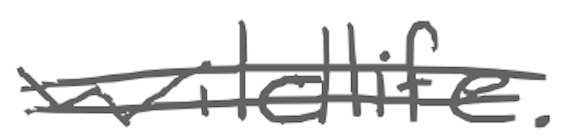
Text: wildlife.
Cross-out: mix
Writing tool: digital_gray